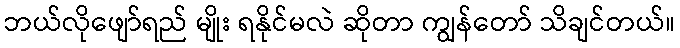
ဘယ်လိုဖျော်ရည် မျိုး ရနိုင်မလဲ ဆိုတာ ကျွန်တော် သိချင်တယ်။